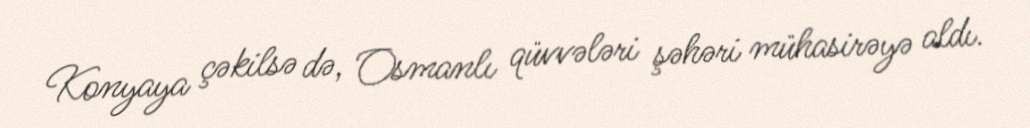
Konyaya çəkilsə də, Osmanlı qüvvələri şəhəri mühasirəyə aldı.